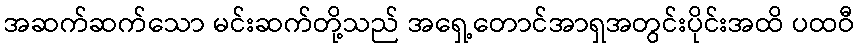
အဆက်ဆက်သော မင်းဆက်တို့သည် အရှေ့တောင်အာရှအတွင်းပိုင်းအထိ ပထဝီ